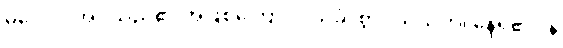
မလောင်အပ်သည်၏ အဖြစ်ကြောင့်။ သုခံ၊ စွာ။ သယတိ၊ နေရ၏။ န